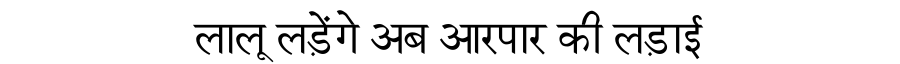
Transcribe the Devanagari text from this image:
लालू लड़ेंगे अब आरपार की लड़ाई